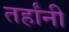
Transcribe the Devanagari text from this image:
तर्हांनी